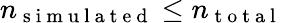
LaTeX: n_{\mathrm{~s~i~m~u~l~a~t~e~d~}}\le n_{\mathrm{~t~o~t~a~l~}}